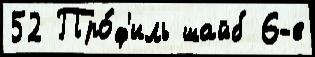
52 Про́ф'иль шайб 6-е